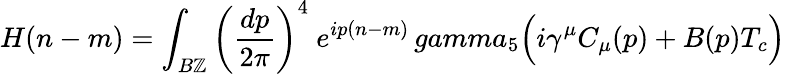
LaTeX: H(n-m)=\int_{B\mathbb{Z}}\left({\frac{{dp}}{{2\pi}}}\right)^{4}\ e^{ip(n-m)}\, gamma_{5}\Bigl(i\gamma^{\mu}C_{\mu}(p)+B(p)T_{c}\Bigr)